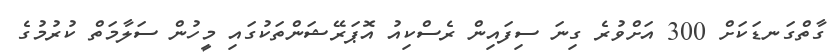
ގާތްގަނޑަކަށް 300 އަށްވުރެ ގިނަ ސިފައިން ރެސްކިއު އޮޕަރޭޝަންތަކުގައި މީހުން ސަލާމަތް ކުރުމުގެ